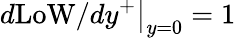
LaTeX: \left.d\mathrm{LoW}/dy^{+}\right|_{y=0}=1